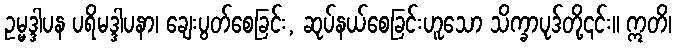
ဥမ္မဒ္ဒါပန ပရိမဒ္ဒါပနာ၊ ချေးပွတ်စေခြင်း, ဆုပ်နယ်စေခြင်းဟူသော သိက္ခာပုဒ်တို့၎င်း။ ဣတိ၊